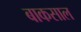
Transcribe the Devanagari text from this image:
बाकसाल